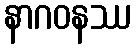
နာဂဝနဿ